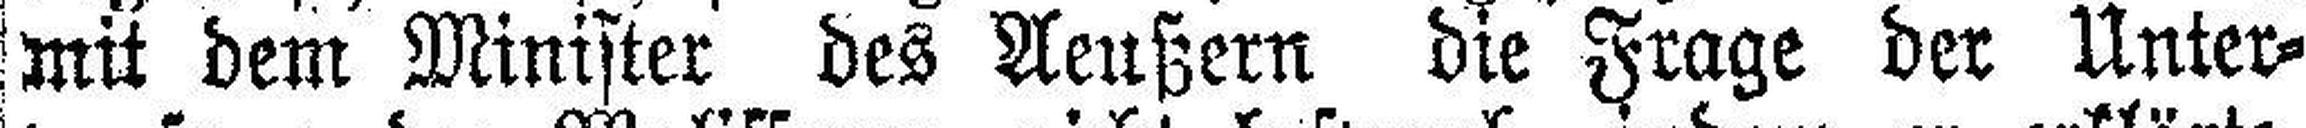
mit dem Minister des Aeußern die Frage der Unter¬